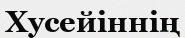
Хусейіннің